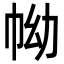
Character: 𢂊